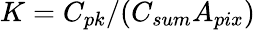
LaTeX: K=C_{pk}/(C_{sum}A_{pix})